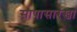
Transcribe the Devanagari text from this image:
सापासारखा